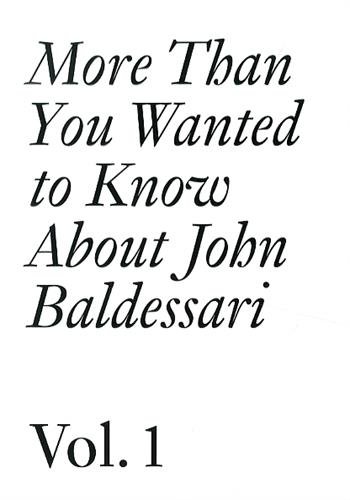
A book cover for More Than You Wanted to Know About John Baldessari: Volume 1 (Documents); Arts & Photography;